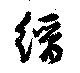
縉